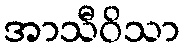
အာသီဝိသာ